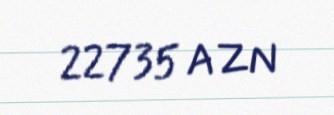
22735 AZN